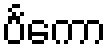
ပင်္ကော